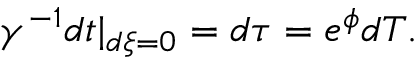
\gamma ^ { - 1 } d t | _ { d \xi = 0 } = d \tau = e ^ { \phi } d T .